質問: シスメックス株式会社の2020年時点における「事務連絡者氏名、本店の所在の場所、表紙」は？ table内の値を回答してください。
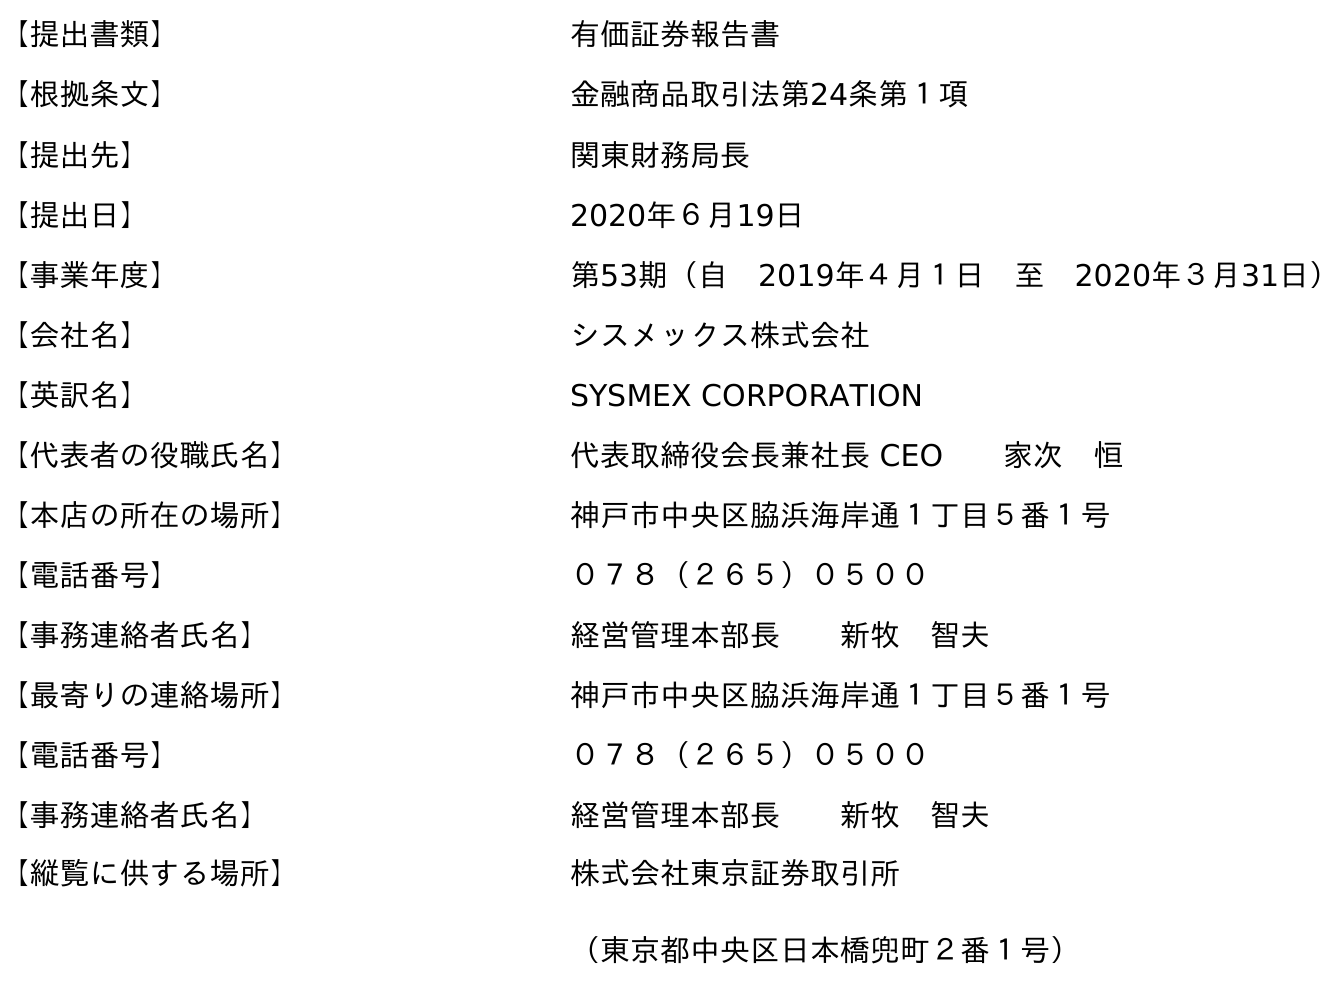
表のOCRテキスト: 【提出書類】 有価証券報告書 【根拠条文】 金融商品取引法第24条第１項 【提出先】 関東財務局長 【提出日】 2020年６月19日 【事業年度】 第53期（自 2019年４月１日 至 2020年３月31日） 【会社名】 シスメックス株式会社 【英訳名】 SYSMEX CORPORATION 【代表者の役職氏名】 代表取締役会長兼社長 CEO  家次 恒 【本店の所在の場所】 神戶市中央区脇浜海岸通１丁目５番１号 【電話番号】 ０７８（２６５）０５００ 【事務連絡者氏名】 経営管理本部長  新牧 智夫 【最寄りの連絡場所】 神戶市中央区脇浜海岸通１丁目５番１号 【電話番号】 ０７８（２６５）０５００ 【事務連絡者氏名】 経営管理本部長  新牧 智夫 【縦覧に供する場所】 株式会社東京証券取引所 （東京都中央区日本橋兜町２番１号）
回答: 経営管理本部長新牧　智夫